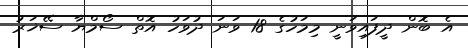
އެ ބޮން ދީފައިވަނީ މިމަހުގެ 18 ވަނަ ދުވަހު އޮތް ސޯމްޔާ ސޭޚަރު